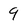
Character: 9